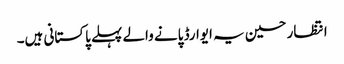
انتظار حسین یہ ایوارڈ پانے والے پہلے پاکستانی ہیں۔